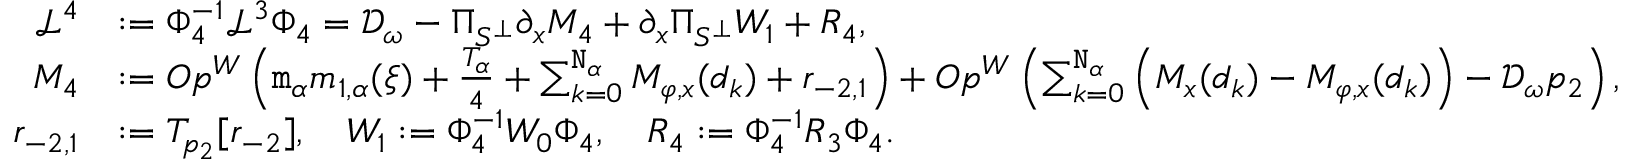
\begin{array} { r l } { \mathcal { L } ^ { 4 } } & { : = \Phi _ { 4 } ^ { - 1 } \mathcal { L } ^ { 3 } \Phi _ { 4 } = \mathcal { D } _ { \omega } - \Pi _ { S ^ { \perp } } \partial _ { x } M _ { 4 } + \partial _ { x } \Pi _ { S ^ { \perp } } W _ { 1 } + R _ { 4 } , } \\ { M _ { 4 } } & { : = O p ^ { W } \left( \mathtt { m } _ { \alpha } m _ { 1 , \alpha } ( \xi ) + \frac { T _ { \alpha } } 4 + \sum _ { k = 0 } ^ { \mathtt { N } _ { \alpha } } M _ { \varphi , x } ( \mathfrak { d } _ { k } ) + \mathfrak { r } _ { - 2 , 1 } \right) + O p ^ { W } \left( \sum _ { k = 0 } ^ { \mathtt { N } _ { \alpha } } \left( M _ { x } ( \mathfrak { d } _ { k } ) - M _ { \varphi , x } ( \mathfrak { d } _ { k } ) \right) - \mathcal { D } _ { \omega } \mathfrak { p } _ { 2 } \right) , } \\ { \mathfrak { r } _ { - 2 , 1 } } & { : = T _ { \mathfrak { p } _ { 2 } } [ \mathfrak { r } _ { - 2 } ] , \quad W _ { 1 } : = \Phi _ { 4 } ^ { - 1 } W _ { 0 } \Phi _ { 4 } , \quad R _ { 4 } : = \Phi _ { 4 } ^ { - 1 } R _ { 3 } \Phi _ { 4 } . } \end{array}